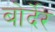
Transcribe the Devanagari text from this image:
बोर्देर